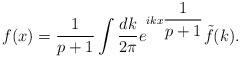
\begin{align*}f(x)=\displaystyle\frac{1}{p+1}\displaystyle\int \displaystyle\frac{dk}{2\pi }e^{ikx\displaystyle\frac{1}{p+1}}\tilde{f}(k).\end{align*}